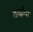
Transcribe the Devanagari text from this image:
यादीचा